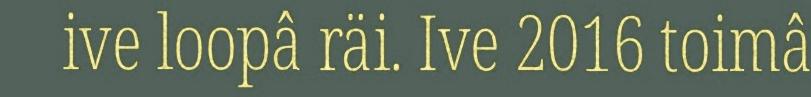
ive loopâ räi. Ive 2016 toimâ